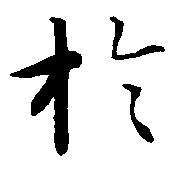
於